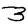
Digit: 3